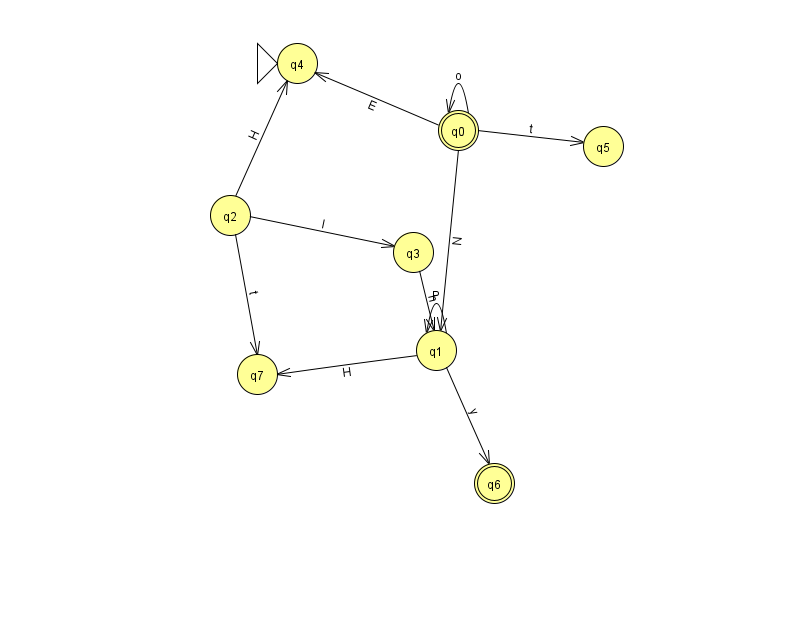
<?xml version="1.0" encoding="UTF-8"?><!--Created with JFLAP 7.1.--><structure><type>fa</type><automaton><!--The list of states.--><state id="0" name="q0"><x>458.0</x><y>117.0</y><final/></state><state id="1" name="q1"><x>436.0</x><y>337.0</y></state><state id="2" name="q2"><x>230.0</x><y>202.0</y></state><state id="3" name="q3"><x>413.0</x><y>239.0</y></state><state id="4" name="q4"><x>297.0</x><y>50.0</y><initial/></state><state id="5" name="q5"><x>603.0</x><y>133.0</y></state><state id="6" name="q6"><x>494.0</x><y>470.0</y><final/></state><state id="7" name="q7"><x>257.0</x><y>361.0</y></state><!--The list of transitions.--><transition><from>1</from><to>1</to><read>P</read></transition><transition><from>0</from><to>1</to><read>N</read></transition><transition><from>2</from><to>3</to><read>I</read></transition><transition><from>0</from><to>4</to><read>E</read></transition><transition><from>0</from><to>5</to><read>t</read></transition><transition><from>1</from><to>6</to><read>y</read></transition><transition><from>2</from><to>4</to><read>H</read></transition><transition><from>1</from><to>7</to><read>H</read></transition><transition><from>3</from><to>1</to><read>h</read></transition><transition><from>2</from><to>7</to><read>t</read></transition><transition><from>0</from><to>0</to><read>o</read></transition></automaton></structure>